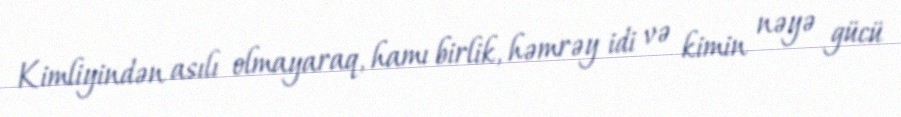
Kimliyindən asılı olmayaraq, hamı birlik, həmrəy idi və kimin nəyə gücü